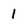
Character: 1